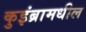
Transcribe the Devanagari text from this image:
कुइंब्रामधील